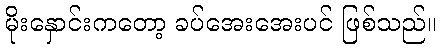
မိုးနှောင်းကတော့ ခပ်အေးအေးပင် ဖြစ်သည်။